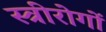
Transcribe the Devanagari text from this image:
स्त्रीरोगों